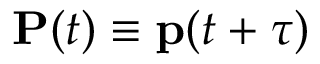
\mathbf { P } ( t ) \equiv \mathbf { p } ( t + \tau )